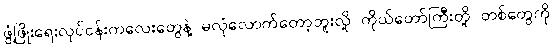
ဖွံ့ဖြိုးရေးလုပ်ငန်းကလေးတွေနဲ့ မလုံလောက်တော့ဘူးလို့ ကိုယ်တော်ကြီးတို့ တစ်တွေကို